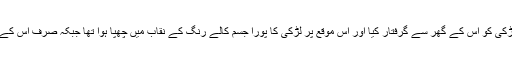
پولیس نے والنسیا کے قریب گاندیا ٹاؤن سے لڑکی کو اس کے گھر سے گرفتار کیا اور اس موقع پر لڑکی کا پورا جسم کالے رنگ کے نقاب میں چھپا ہوا تھا جبکہ صرف اس کے ہتھکڑی لگے ہاتھ ہی دیکھے جاسکتے تھے۔